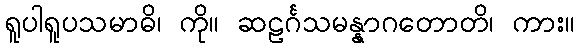
ရူပါရူပသမာဓိ၊ ကို။ ဆဠင်္ဂသမန္နာဂတောတိ၊ ကား။